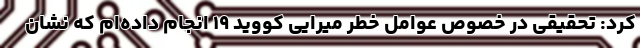
کرد: تحقیقی در خصوص عوامل خطر میرایی کووید ۱۹ انجام داده‌ام که نشان